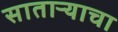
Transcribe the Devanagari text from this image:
साताऱ्याचा